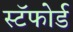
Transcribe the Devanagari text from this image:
स्टॅफोर्ड